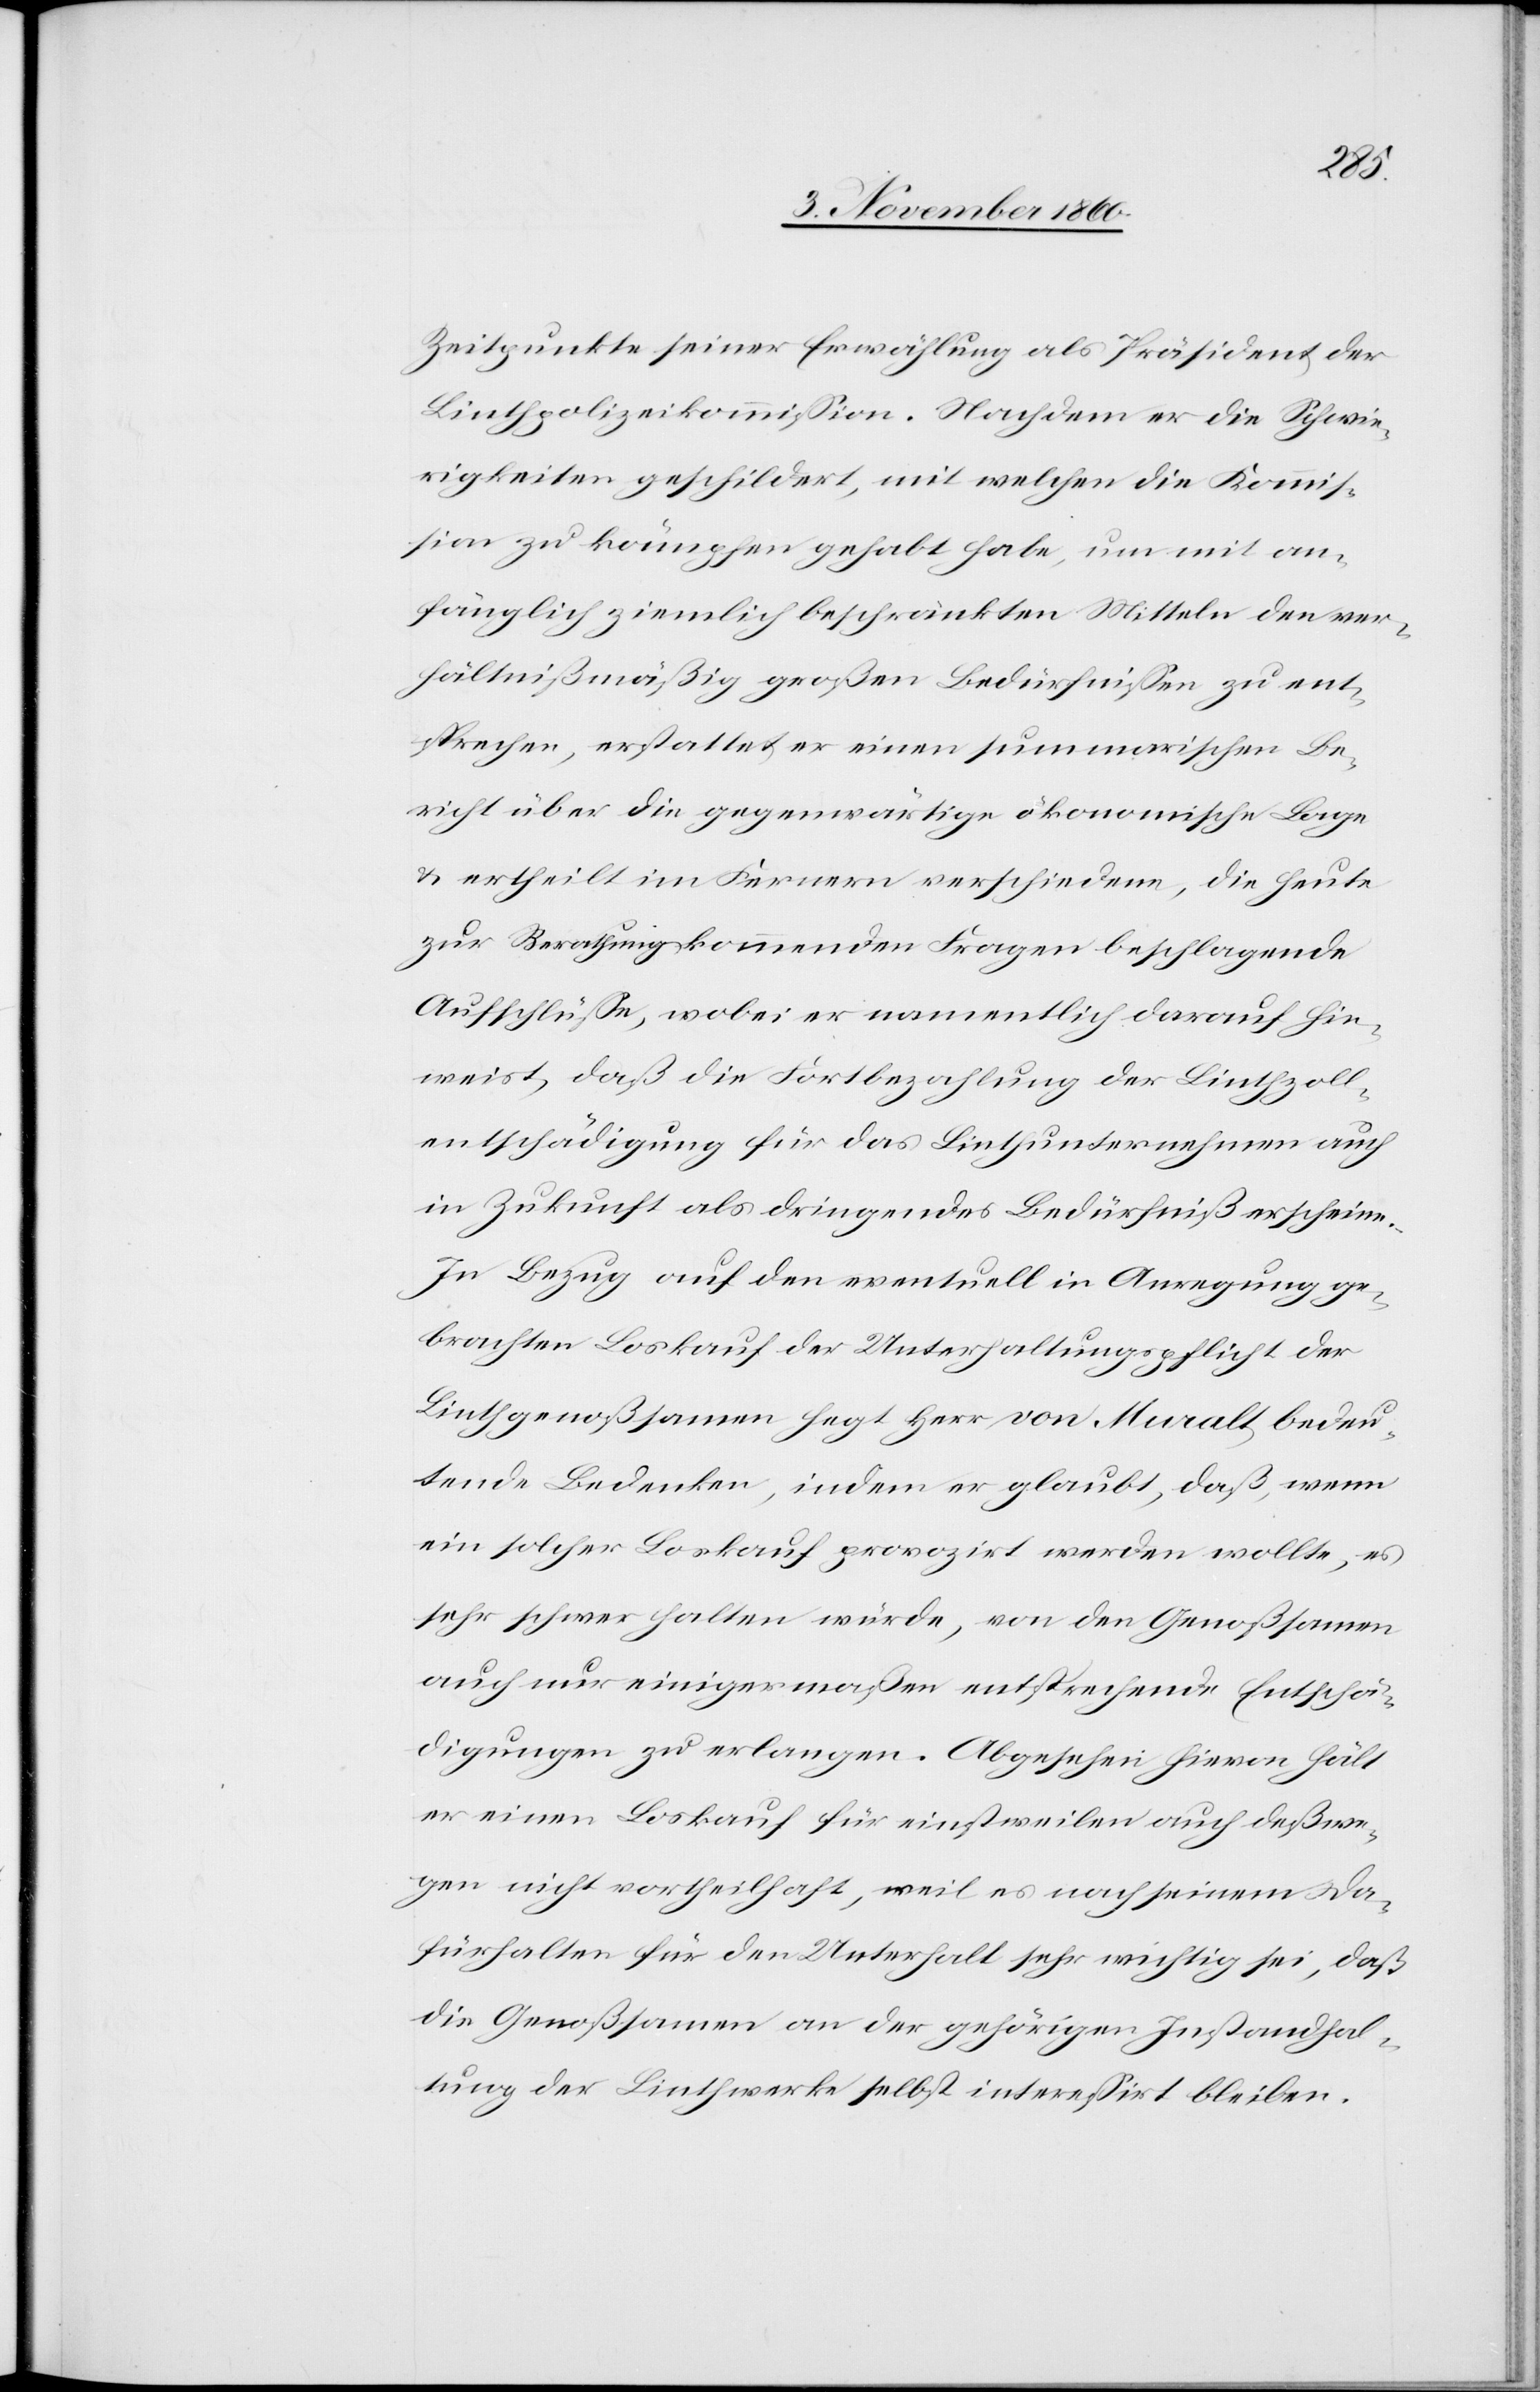
Zeitpunkte seiner Erwählung als Präsident der
Linthpolizeikommission. Nachdem er die Schwie¬
rigkeiten geschildert, mit welchen die Kommis¬
sion zu kämpfen gehabt habe, um mit an¬
fänglich ziemlich beschränkten Mitteln den ver¬
hältnißmäßig großen Bedürfnissen zu ent¬
sprechen, erstattet er einen summarischen Be¬
richt über die gegenwärtige ökonomische Lage
u. ertheilt im Fernern verschiedene, die heute
zur Berathung kommenden Fragen beschlagende
Aufschlüsse, wobei er namentlich darauf hin¬
weist, daß die Fortbezahlung der Linthzoll¬
entschädigung für das Linthunternehmen auch
in Zukunft als dringendes Bedürfniß erscheine.
In Bezug auf den eventuell in Anregung ge¬
brachten Loskauf der Unterhaltungspflicht der
Linthgenoßsamen hegt Herr von Muralt bedeu¬
tende Bedenken, indem er glaubt, daß, wenn
ein solcher Loskauf provozirt werden wollte, es
sehr schwer halten würde, von den Genoßsamen
auch nur einigermaßen entsprechende Entschä¬
digungen zu erlangen. Abgesehen hievon hält
er einen Loskauf für einstweilen auch deßwe¬
gen nicht vortheilhaft, weil es nach seinem Da¬
fürhalten für den Unterhalt sehr wichtig sei, daß
die Genoßsamen an der gehörigen Instandhal¬
tung der Linthwerke selbst interessirt bleiben.